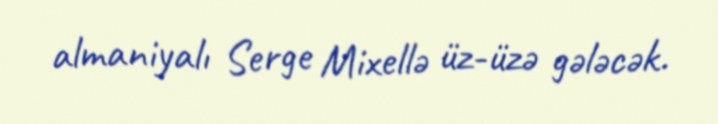
almaniyalı Serge Mixellə üz-üzə gələcək.